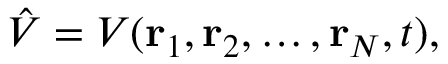
{ \hat { V } } = V ( \mathbf { r } _ { 1 } , \mathbf { r } _ { 2 } , \ldots , \mathbf { r } _ { N } , t ) ,